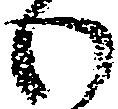
わ